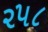
૨૫૮